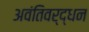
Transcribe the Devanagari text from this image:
अवंतिवर्द्धन